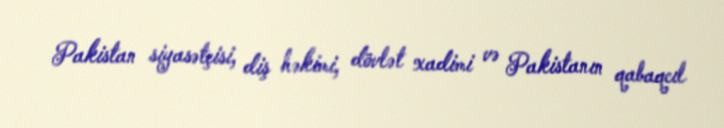
Pakistan siyasətçisi, diş həkimi, dövlət xadimi və Pakistanın qabaqcıl